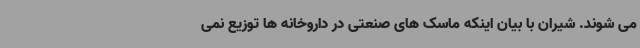
می شوند. شیران با بیان اینکه ماسک های صنعتی در داروخانه ها توزیع نمی